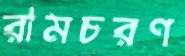
রামচরণ